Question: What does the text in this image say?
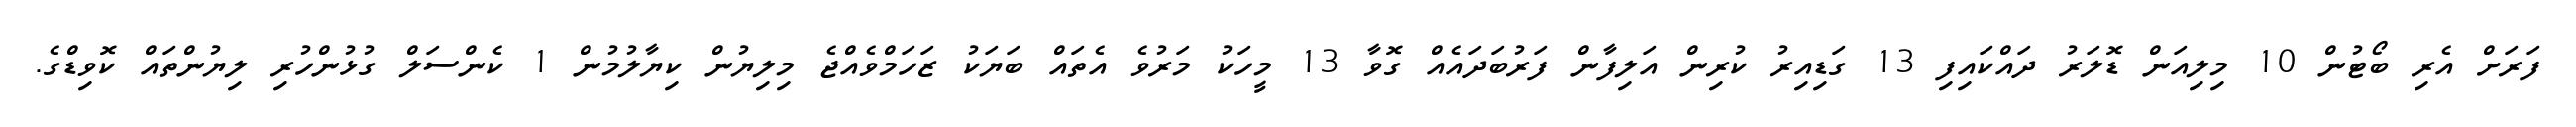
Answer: ފަރަށް އެރި ބޯޓުން 10 މިލިއަން ޑޮލަރު ދައްކައިފި 13 ގަޑިއިރު ކުރިން އަލިފާން ފަރުބަދައެއް ގޮވާ 13 މީހަކު މަރުވެ އެތައް ބަޔަކު ޒަހަމްވެއްޖެ މިލިޔުން ކިޔާލުމުން 1 ކެންސަލް ގުޅުންހުރި ލިޔުންތައް ކޮވިޑްގެ.